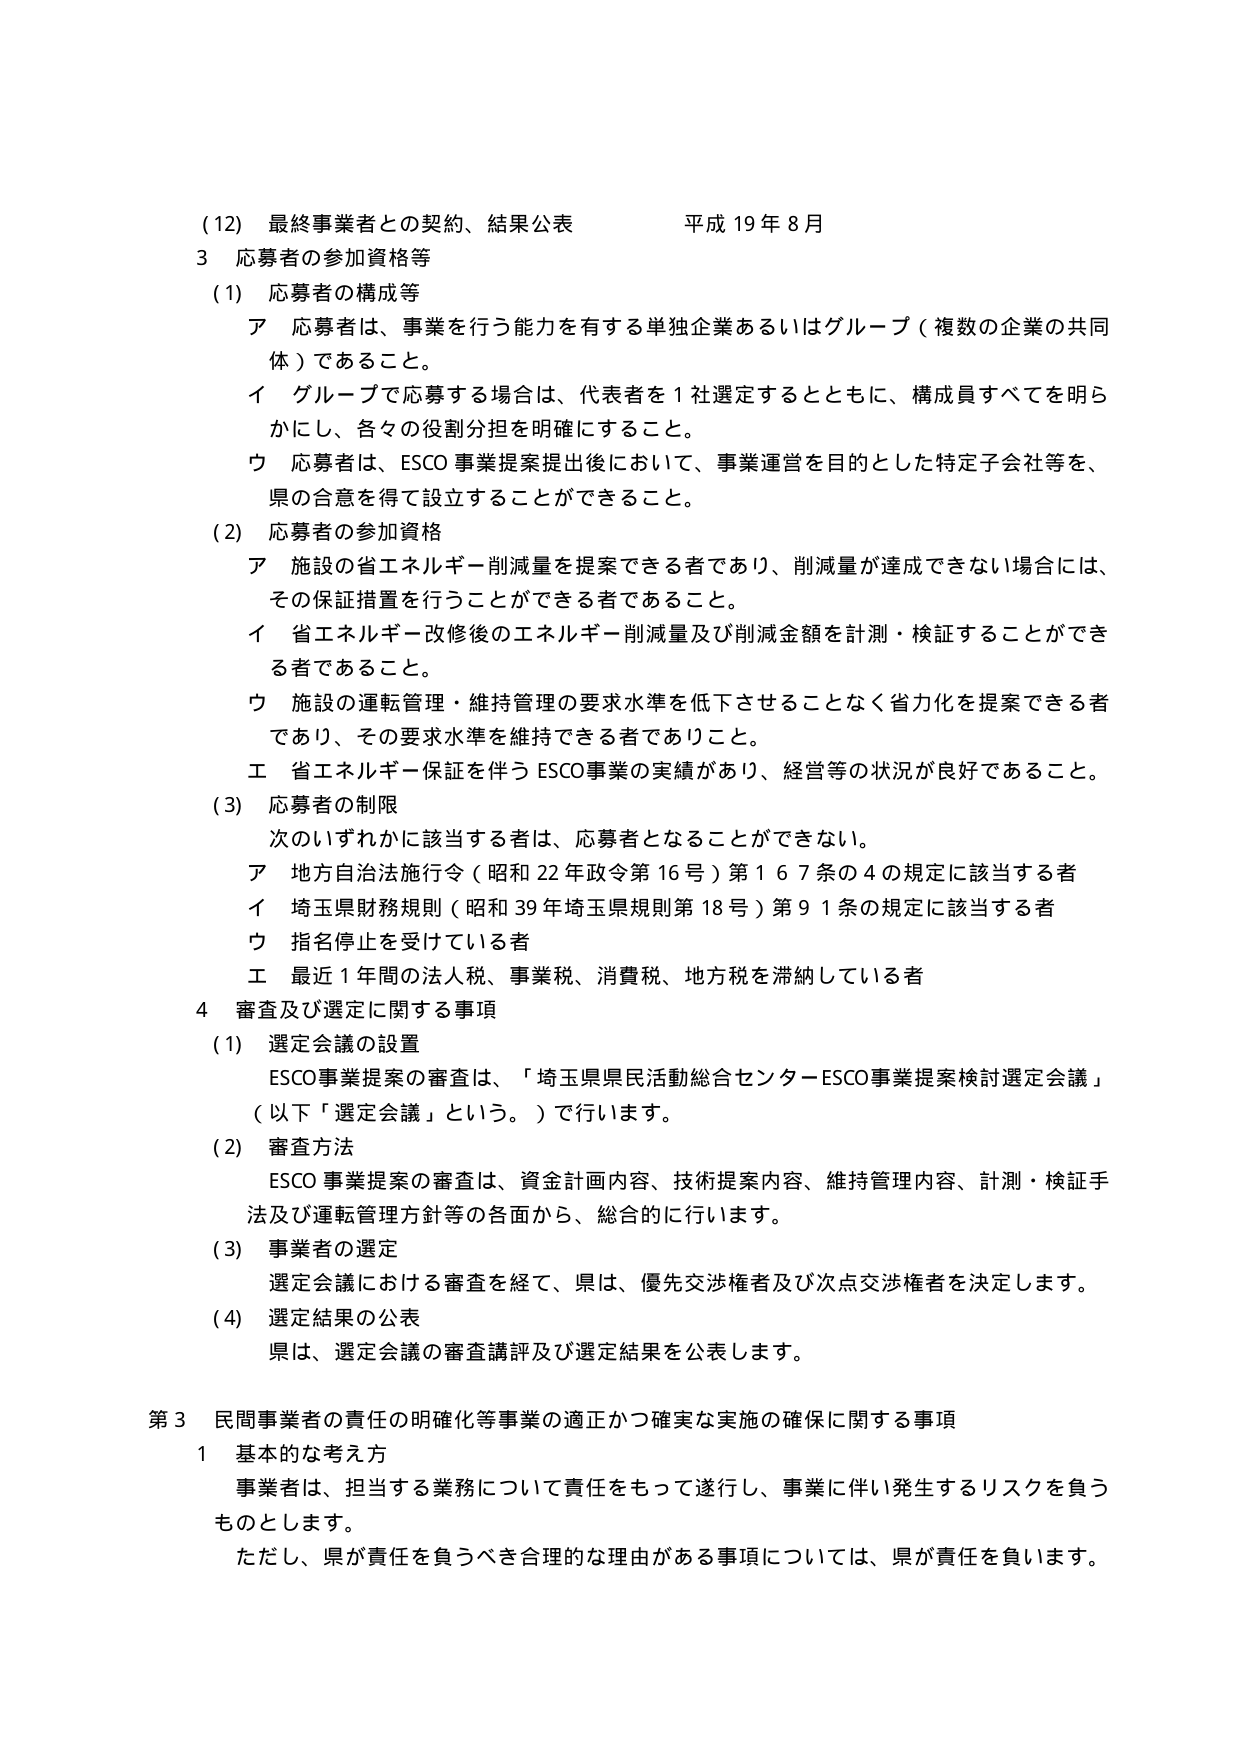
(12) 最終事業者との契約、結果公表 平成19年8月
3 応募者の参加資格等
(1) 応募者の構成等
ア 応募者は、事業を行う能力を有する単独企業あるいはグループ（複数の企業の共同体）であること。
イ グループで応募する場合は、代表者を1社選定するとともに、構成員すべてを明らかにし、各々の役割分担を明確にすること。
ウ 応募者は、ESCO事業提案提出後において、事業運営を目的とした特定子会社等を、県の合意を得て設立することができること。
(2) 応募者の参加資格
ア 施設の省エネルギー削減量を提案できる者であり、削減量が達成できない場合には、その保証措置を行うことができる者であること。
イ 省エネルギー改修後のエネルギー削減量及び削減金額を計測・検証することができる者であること。
ウ 施設の運転管理・維持管理の要求水準を低下させることなく省力化を提案できる者であり、その要求水準を維持できる者でありこと。
エ 省エネルギー保証を伴うESCO事業の実績があり、経営等の状況が良好であること。
(3) 応募者の制限
次のいずれかに該当する者は、応募者となることができない。
ア 地方自治法施行令（昭和22年政令第16号）第167条の4の規定に該当する者
イ 埼玉県財務規則（昭和39年埼玉県規則第18号）第91条の規定に該当する者
ウ 指名停止を受けている者
エ 最近1年間の法人税、事業税、消費税、地方税を滞納している者
4 審査及び選定に関する事項
(1) 選定会議の設置
ESCO事業提案の審査は、「埼玉県県民活動総合センターESCO事業提案検討選定会議」（以下「選定会議」という。）で行います。
(2) 審査方法
ESCO事業提案の審査は、資金計画内容、技術提案内容、維持管理内容、計測・検証手法及び運転管理方針等の各面から、総合的に行います。
(3) 事業者の選定
選定会議における審査を経て、県は、優先交渉者及び次点交渉者を決定します。
(4) 選定結果の公表
県は、選定会議の審査講評及び選定結果を公表します。
第3 民間事業者の責任の明確化等事業の適正かつ確実な実施の確保に関する事項
1 基本的な考え方
事業者は、担当する業務について責任をもって遂行し、事業に伴い発生するリスクを負うものとします。
ただし、県が責任を負うべき合理的な理由がある事項については、県が責任を負います。